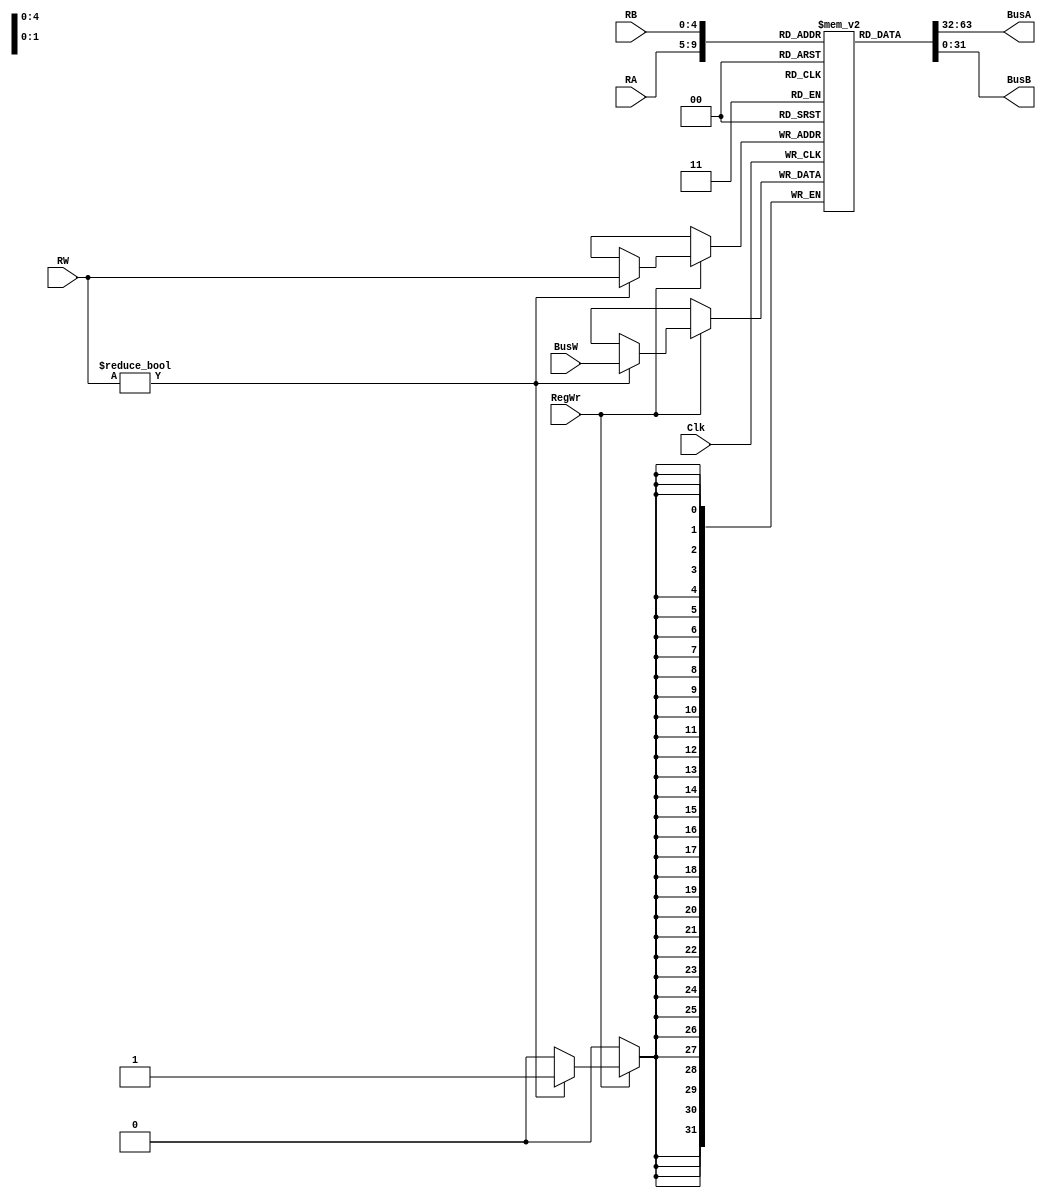
module RegisterFile(BusA, BusB, BusW, RW, RegWr,Clk, RA, RB);
   //  REG INPUT AND OUTPUT
    output  [31:0] BusA;
    output  [31:0] BusB;
    input [31:0] BusW;
    input [4:0] RW;
    input RegWr;
    input Clk;
    input [4:0] RA, RB;
    reg [31:0] registers [31:0];
	 
	 initial begin
	 // initial the register
	 registers[0] = 0;
         registers[1] = 1;
	 registers[2] = 32'h2;
	 registers[3] = 32'h3;
 	 registers[4] = 32'h4;
	 registers[5] = 32'h5;
	 registers[6] = 32'h6;
	 registers[7] = 32'h7;
	 registers[8] = 32'h8;
	 registers[9] = 32'h9;
	 registers[10] = 32'h10;
	 registers[11] = 32'h11;
	 registers[12] = 32'h12;
	 registers[13] = 32'h13;
	 registers[14] = 32'h14;
	 registers[15] = 32'h15;
	 registers[16] = 0;
	 registers[17] = 0;
	 registers[18] = 0;
	 registers[19] = 0;
	 registers[20] = 0;
	 registers[21] = 0;	
         registers[22] = 0;
	 registers[23] = 0;
	 registers[24] = 0;
	 registers[25] = 0;	 
	 registers[26] = 0;
	 registers[27] = 0;
	 registers[28] = 0;
	 registers[29] = 0;
	 registers[30] = 0;
	 registers[31] = 0; 
end
	 assign #2 BusA = registers[RA];        //busA was set by regisrerRA
    	 assign #2 BusB = registers[RB];        //BusB was set by registerRB
always @ (negedge Clk) begin           // negative edge begin
    if(RegWr)                    
	begin
		if (RW!=0)               
                registers[RW] <= BusW;      // when RW!=0 register which is set by RW become BusW
		end
	end
endmodule